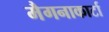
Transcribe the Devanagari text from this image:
मैगनाकार्टा